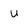
Character: u